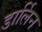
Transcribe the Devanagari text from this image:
डार्लिन